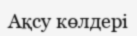
Ақсу көлдері